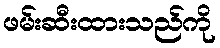
ဖမ်းဆီးထားသည်ကို